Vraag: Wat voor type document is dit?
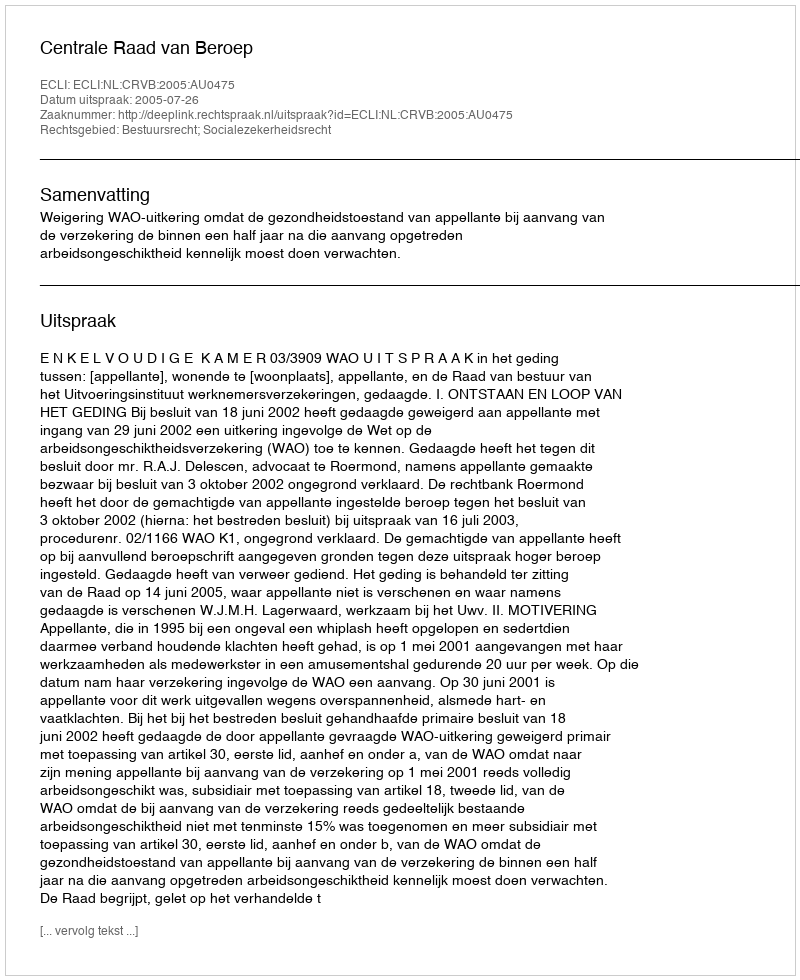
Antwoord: Uitspraak